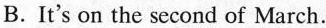
B.It's on the second of March. C. It's on the fifth of May.